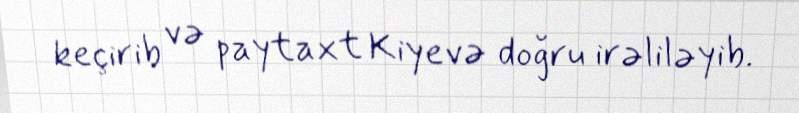
keçirib və paytaxt Kiyevə doğru irəliləyib.